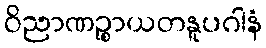
ဝိညာဏဉ္စာယတနူပဂါနံ